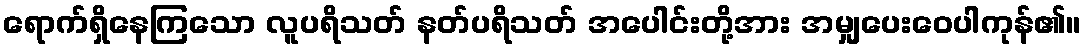
ရောက်ရှိနေကြသော လူပရိသတ် နတ်ပရိသတ် အပေါင်းတို့အား အမျှပေးဝေပါကုန်၏။